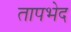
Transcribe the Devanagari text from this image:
तापभेद